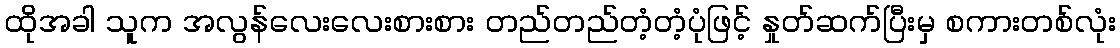
ထိုအခါ သူက အလွန်လေးလေးစားစား တည်တည်တံ့တံ့ပုံဖြင့် နှုတ်ဆက်ပြီးမှ စကားတစ်လုံး